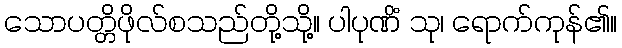
သောပတ္တိဖိုလ်စသည်တို့သို့။ ပါပုဏိံ သု၊ ရောက်ကုန်၏။